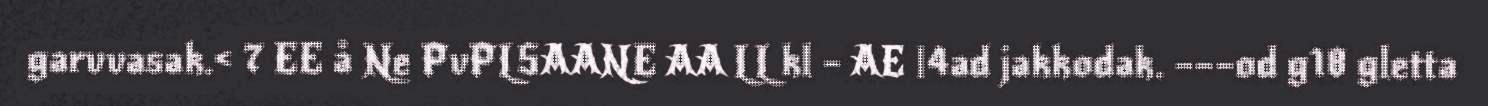
garvvasak.< 7 EE å Ne PvPLSAANE AA LL kl – AE |4ad jakkodak. –––od g18 gletta